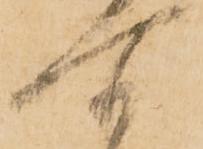
所